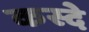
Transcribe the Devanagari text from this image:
कस्दे